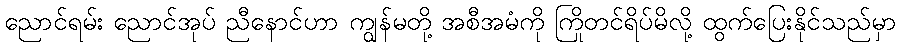
ညောင်ရမ်း ညောင်အုပ် ညီနောင်ဟာ ကျွန်မတို့ အစီအမံကို ကြိုတင်ရိပ်မိလို့ ထွက်ပြေးနိုင်သည်မှာ